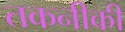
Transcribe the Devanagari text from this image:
तकनीकी